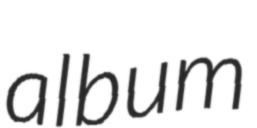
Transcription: album